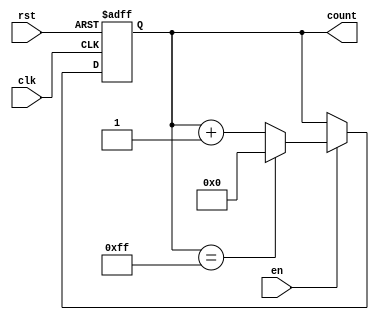
module ModuloN_Up_Counter_With_Enable (
    input wire clk,
    input wire rst,
    input wire en,
    output reg [7:0] count
);

parameter N = 255; // Maximum count value

always @(posedge clk or posedge rst) begin
    if (rst) begin
        count <= 8'd0;
    end else if (en) begin
        if (count == N) begin
            count <= 8'd0;
        end else begin
            count <= count + 1;
        end
    end
end

endmodule